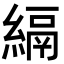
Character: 𦃔